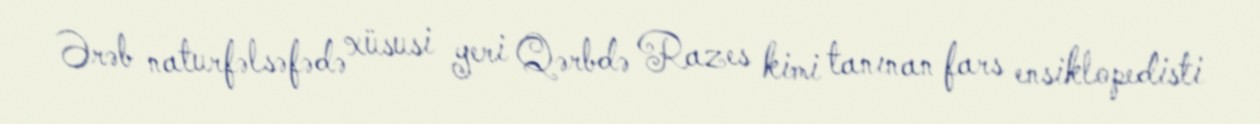
Ərəb naturfəlsəfədə xüsusi yeri Qərbdə Razes kimi tanınan fars ensiklopedisti